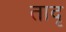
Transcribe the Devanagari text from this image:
तादृ